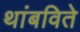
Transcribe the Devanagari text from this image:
थांबविते